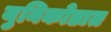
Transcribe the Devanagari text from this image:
युनिकोडात